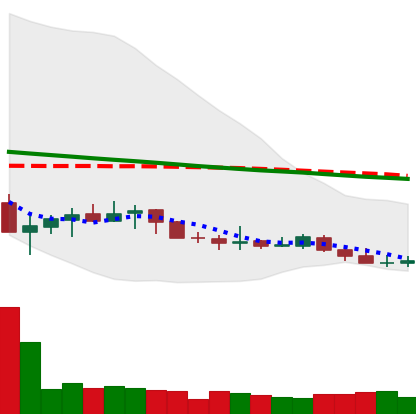
Ticker: XLM-USD
Chart end date: 2019-12-13
Forward return: -13.167%
Label: down_7plus